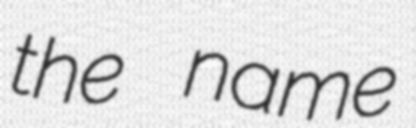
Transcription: the name